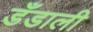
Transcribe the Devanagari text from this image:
डँडाली